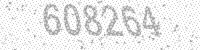
Solution: 608264